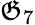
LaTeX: \mathfrak{G}_{7}